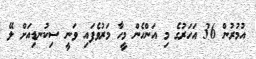
އުމުރުން 36 އަހަރުގެ މި އަންހެން މީހާ މަރުވެފައި ވަނީ ސިކުނޑިއަށް ލޭ